NAE_EAA_P-1039_Kommunismi_Majak_kalurikolhoos, lk 14
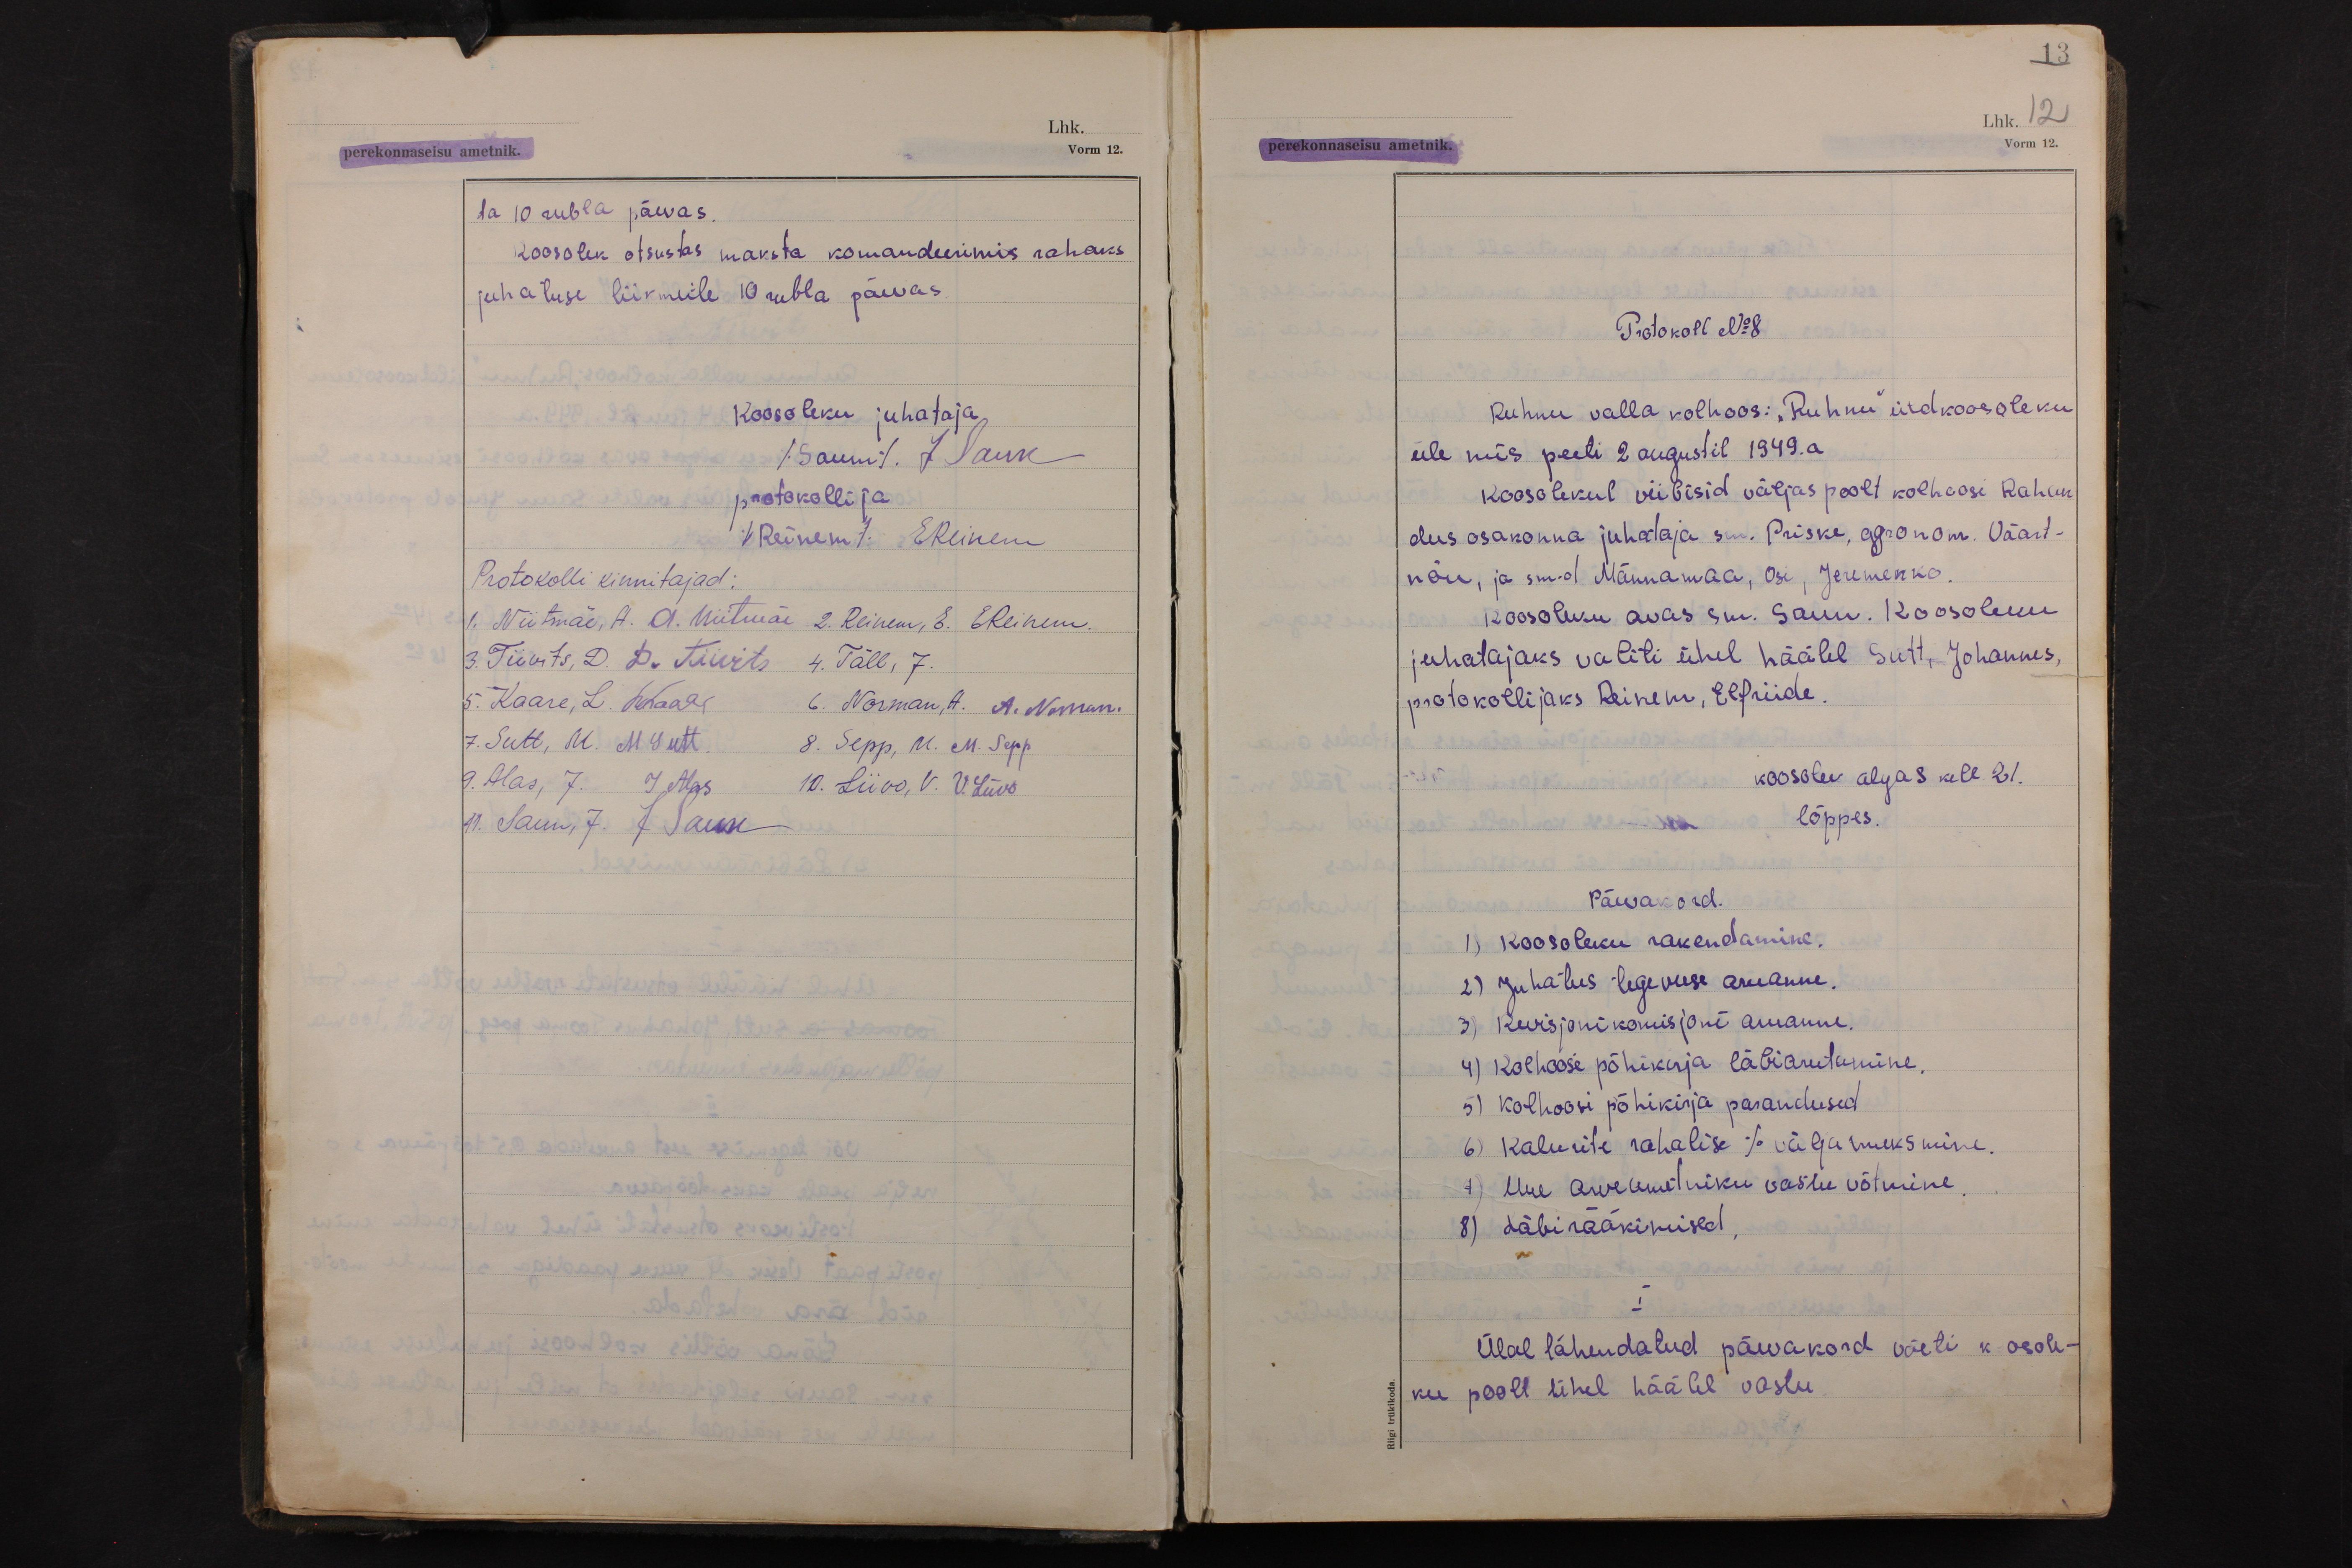
13
Lhk. 12
perekonnaseisu ametnik.
Vorm 12.

ta 10 rubla päevas.
Koosolek otsustas maksta komandeerimis rahaks
juhatuse liikmeile 10 rubla päevas.
Koosoleku juhataja
(Saun) J Saun
protokollija
(Reinem) EReinem
Protokolli kinnitajad:
1. Niitmäe, A. A. Niitmäe 2. Reinem, E. EReinem.
3. Tiivits, D. D. Tiivits 4. Täll, J.
5. Kaare, L. LKaare 6. Norman, A. A. Norman.
7. Sutt, M. M Sutt. 8. Sepp, M. M. Sepp
9. Alas, J. J Alas 10. Liivo, V. V. Liivo
11. Saun, J. J Saun

Protokoll No 8
Ruhnu valla kolhoos: "Ruhnu" üldkoosoleku
üle mis peeti 2 augustil 1949.a
Koosolekul viibisid väljaspoolt kolhoosi Rahan
dus osakonna juhataja sm. Priske, agronom. Väärt-
nõu, ja sm-d Männamaa, Osi, Jeremenko.
Koosoleku avas sm. Saun. Koosoleku
juhatajaks valiti ühel häälel Sutt, Johannes,
protokollijaks Reinem, Elfriide.
koosolek algas kell 21.
lõppes.
Päevakord.
1) Koosoleku rakendamine.
2) Juhatus tegevuse aruanne.
3) Revisjonikomisjoni aruanne.
4) Kolhoosi põhikirja läbiarutamine.
5) Kolhoosi põhikirja parandused
6) Kalurite rahalise % väljamaksmine.
7) Uue arveametniku vastu võtmine.
8) Läbirääkimised.
I
Ülal tähendatud päevakord võeti koosole-
ku poolt ühel häälel vastu.